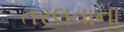
તરલતાના